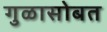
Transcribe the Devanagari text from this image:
गुळासोबत